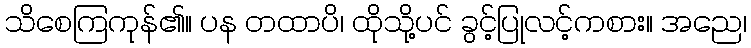
သိစေကြကုန်၏။ ပန တထာပိ၊ ထိုသို့ပင် ခွင့်ပြုလင့်ကစား။ အညေ၊